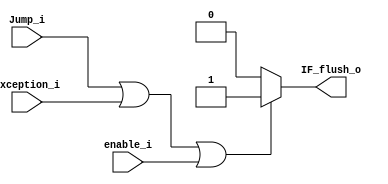
module Flush(
  input   enable_i,
  input   Jump_i,
  input   Exception_i,
  
  output  IF_flush_o
  );
  reg IF_flush;
  always@(*)
  begin
    if (Jump_i || Exception_i || enable_i)
      IF_flush = 1'b1;
    else
      IF_flush = 1'b0;
  end
  assign IF_flush_o = IF_flush;
endmodule